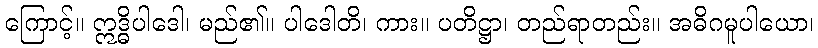
ကြောင့်။ ဣဒ္ဓိပါဒေါ၊ မည်၏။ ပါဒေါတိ၊ ကား။ ပတိဋ္ဌာ၊ တည်ရာတည်း။ အဓိဂမူပါယော၊